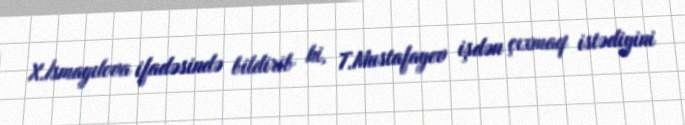
X.İsmayılova ifadəsində bildirib ki, T.Mustafayev işdən çıxmaq istədiyini